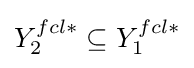
{\textstyle {Y_{2}^{fcl\ast }}\subseteq {Y_{1}^{fcl\ast }}}